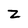
Character: Z